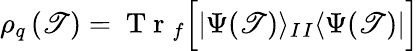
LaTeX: \rho_{q}\left(\mathscr{T}\right)=\mathrm{{~T~r~}}_{f}\Big[|\Psi(\mathscr{T})\rangle_{I}{}_{I}\langle\Psi(\mathscr{T})|\Big]